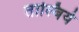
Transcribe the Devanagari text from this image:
ताल्बिये